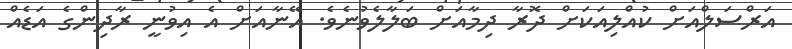
އަރްސަލްއަށް ކުއްލިއަކަށް ދޮރާ ދިމާއަށް ބަލާލެވުނެވެ. އޭނާއަށް އެ އިވުނީ ރާދިންގެ އަޑެއް